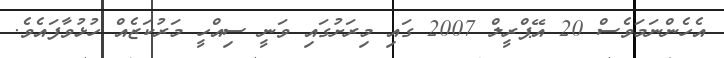
އެހެންނަމަވެސް 20 އޭޕްރީލް 2007 ގައި މިރަށުގައި ވަނީ ސިއްހީ މަރުކަޒެއް ހުޅުވާފައެވެ.